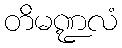
တိမဏ္ဍလံ